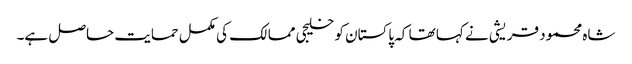
شاہ محمود قریشی نے کہا تھا کہ پاکستان کو خلیجی ممالک کی مکمل حمایت حاصل ہے۔